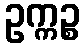
ဥက္ကဉ္စ